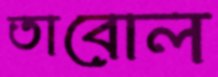
তাবোল